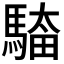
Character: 𮪎